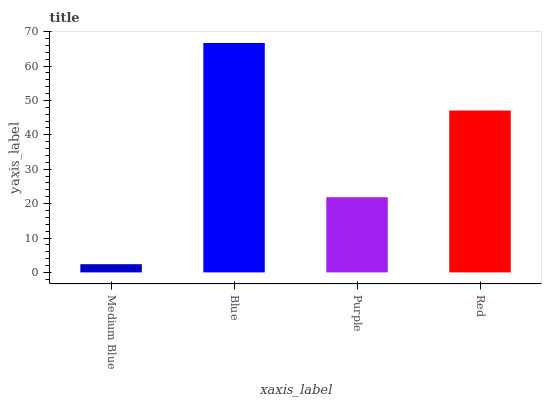
| xaxis_label | bars |
 | --- | --- |
 | Medium Blue | 2.39 |
 | Blue | 66.7 |
 | Purple | 21.9 |
 | Red | 47.1 |